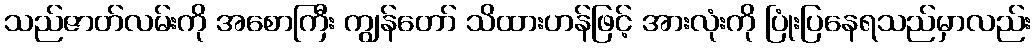
သည်ဇာတ်လမ်းကို အစောကြီး ကျွန်တော် သိထားဟန်ဖြင့် အားလုံးကို ပြုံးပြနေရသည်မှာလည်း